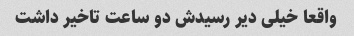
واقعا خیلی دیر رسیدش دو ساعت تاخیر داشت